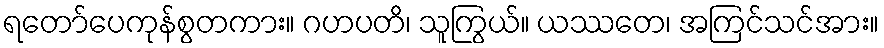
ရတော်ပေကုန်စွတကား။ ဂဟပတိ၊ သူကြွယ်။ ယဿတေ၊ အကြင်သင်အား။